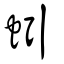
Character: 蚓